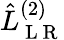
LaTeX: \hat{L}_{\mathrm{~L~R~}}^{(2)}